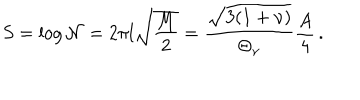
S = \log { \cal N } = 2 \pi l \sqrt { \frac { M } { 2 } } = \frac { \sqrt { 3 ( 1 + \nu ) } } { \Theta _ { \nu } } \frac { A } { 4 } \, .